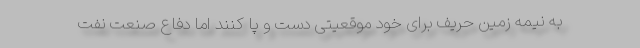
به نیمه زمین حریف برای خود موقعیتی دست و پا کنند اما دفاع صنعت نفت